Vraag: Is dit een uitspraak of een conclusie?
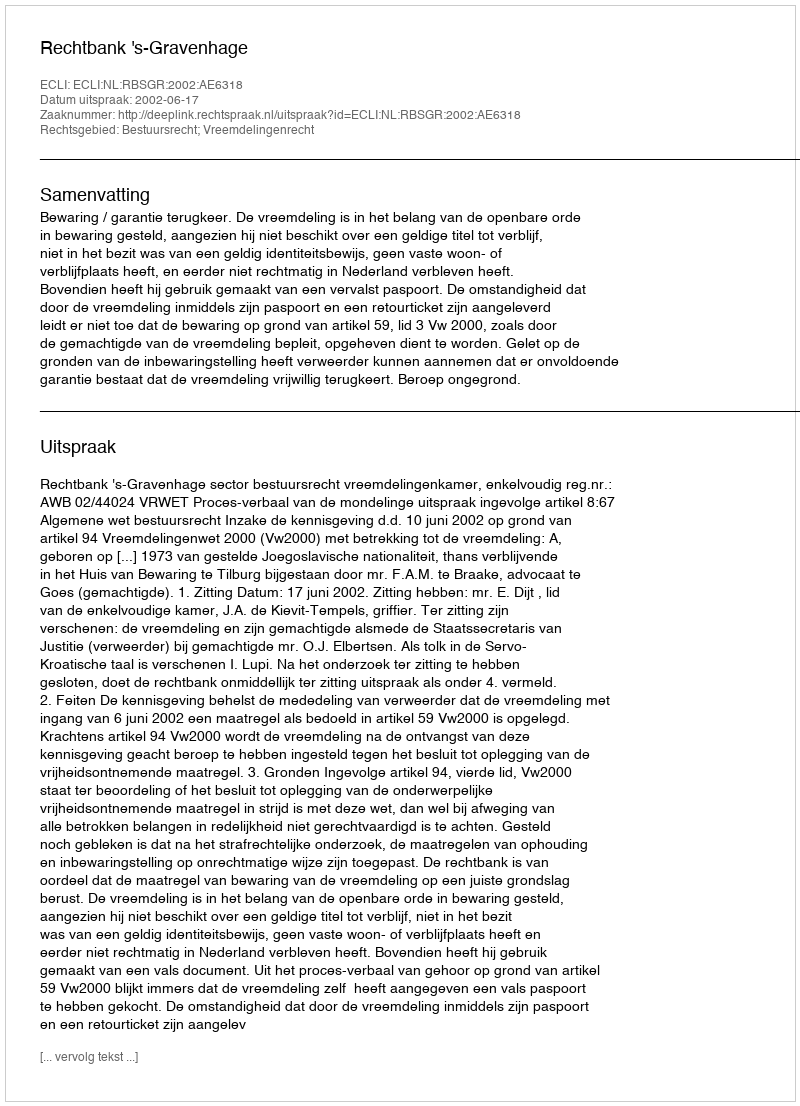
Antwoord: Uitspraak